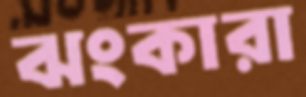
ঝংকারা